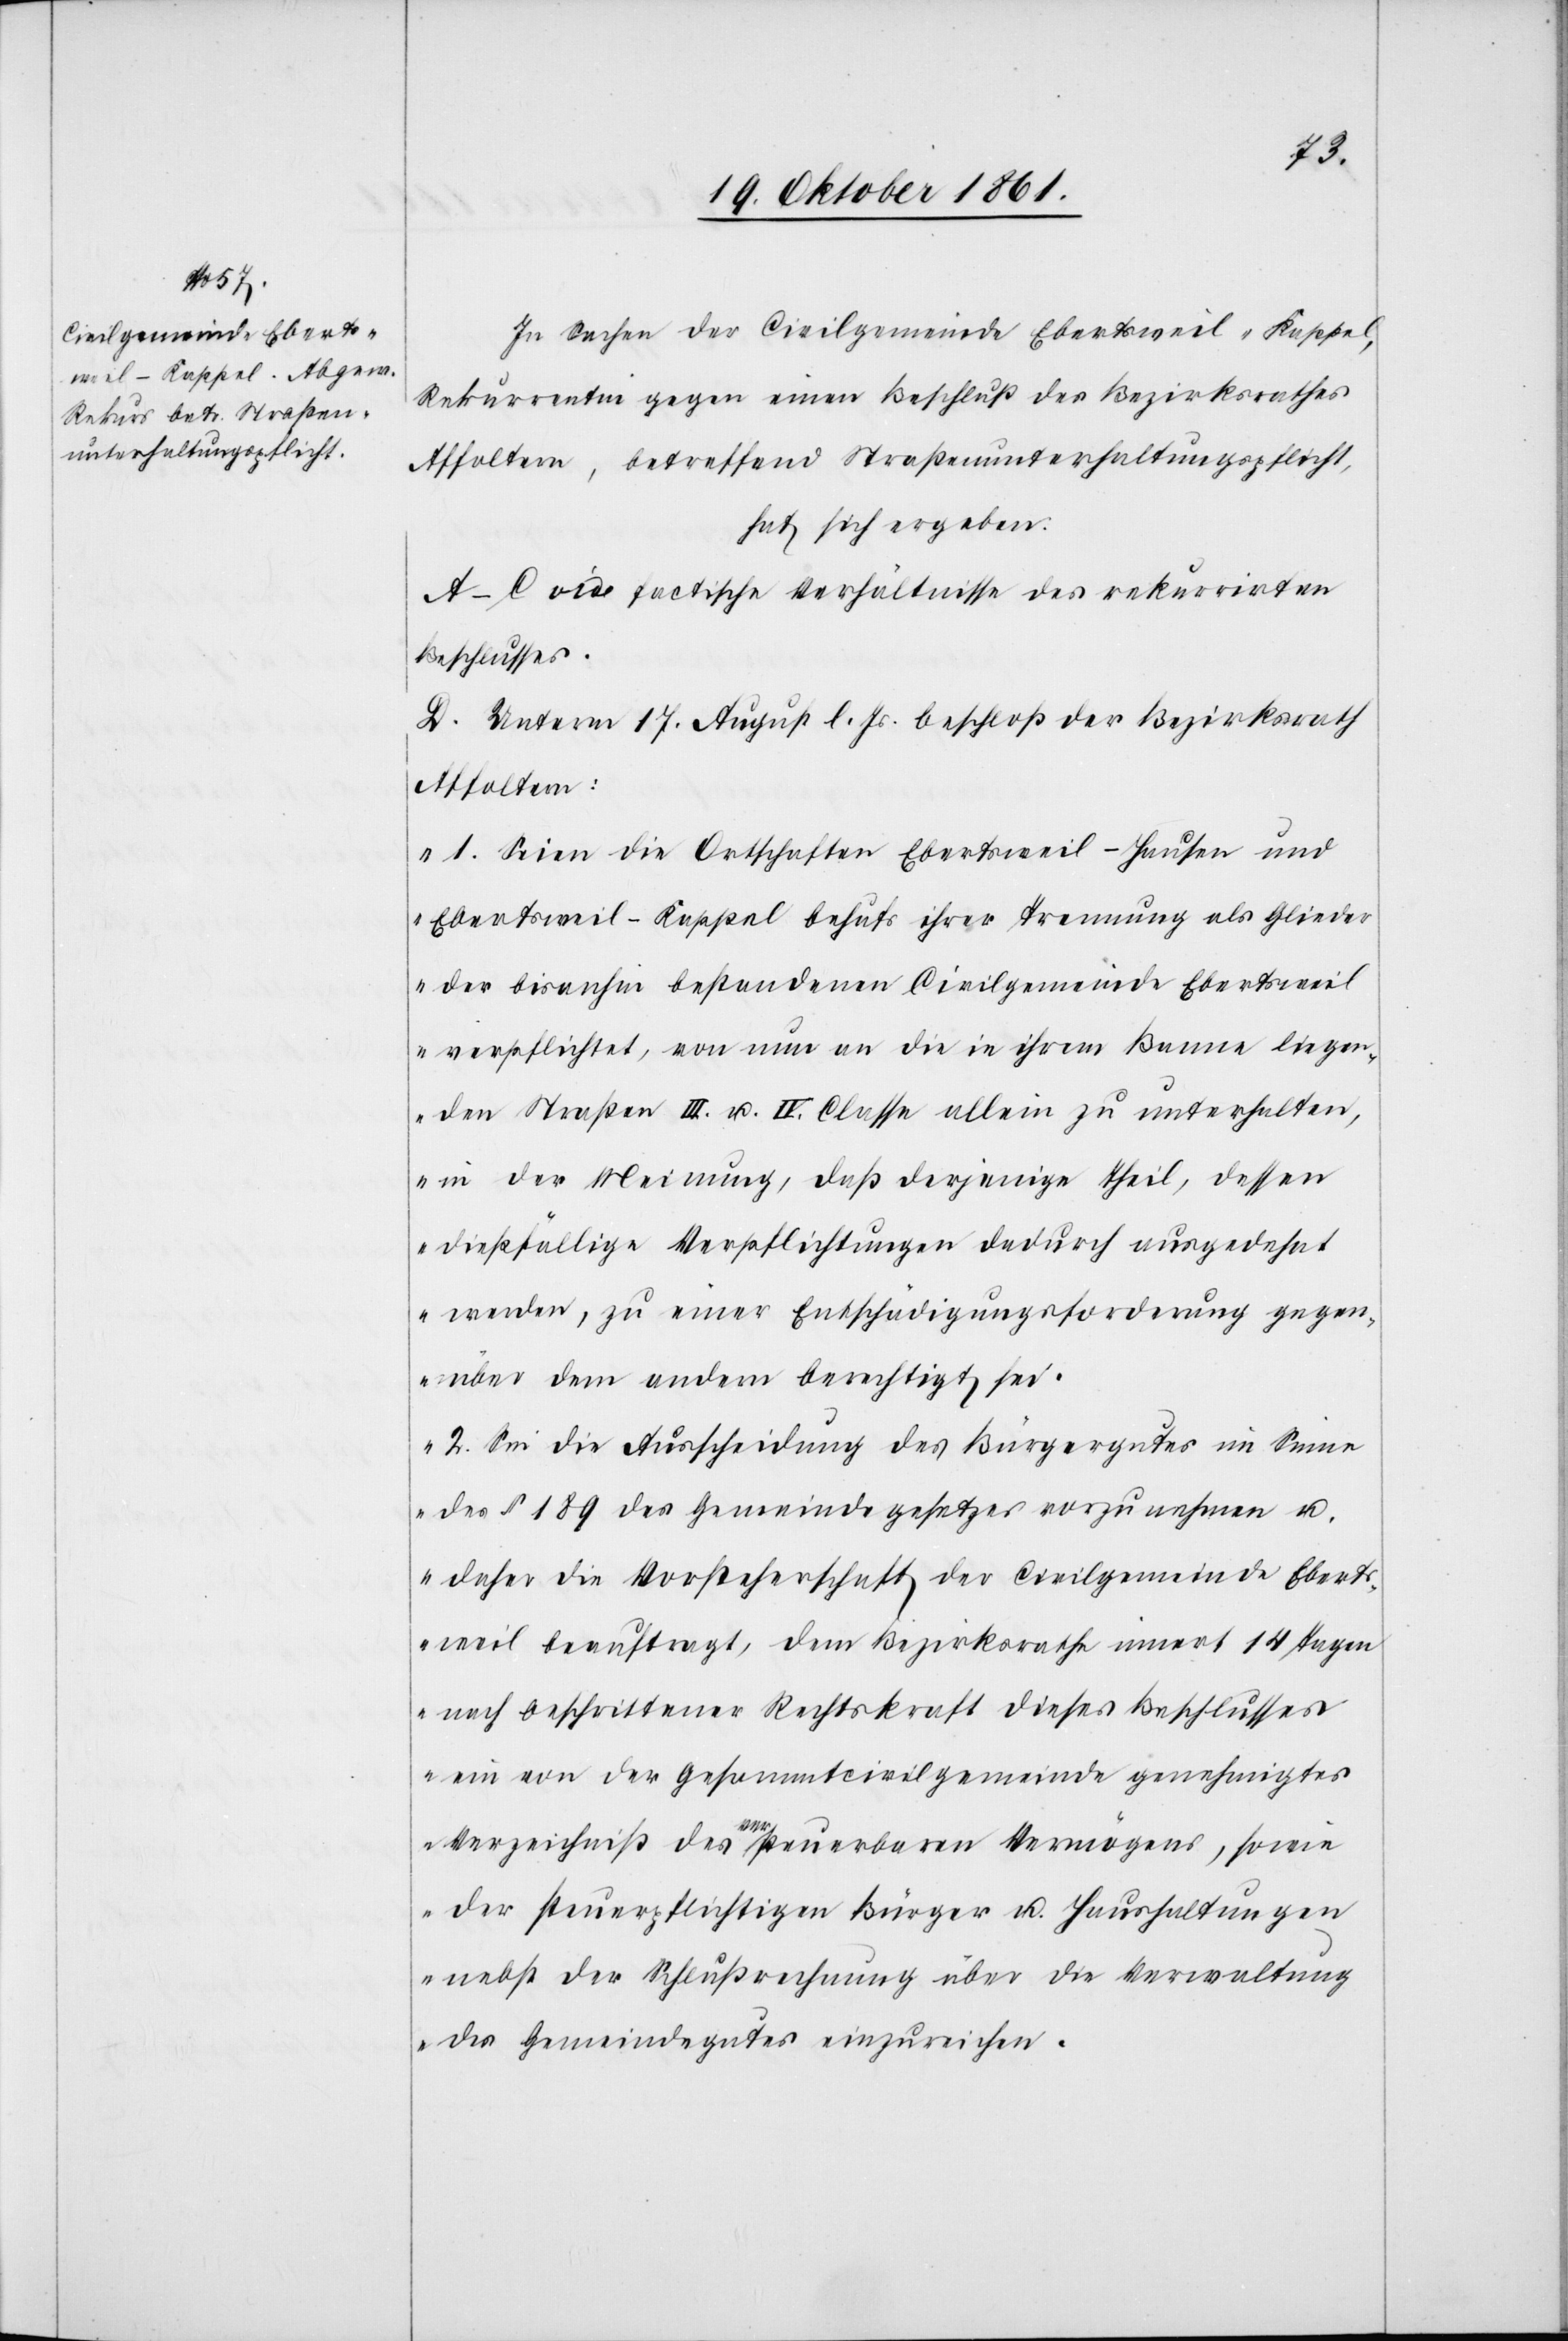
In Sachen der Civilgemeinde Ebertsweil-Kappel,
Rekurrentin gegen einen Beschluß des Bezirksrathes
Affoltern, betreffend Straßenunterhaltungspflicht,
hat sich ergeben:
A–C. vide factische Verhältnisse des rekurrirten
Beschlusses.
D. Unterm 17 August l. Js. beschloß der Bezirksrath
Affoltern:
„1. Seien die Ortschaften Ebertsweil-Hausen und
Ebertsweil-Kappel behufs ihrer Trennung als Glieder
der bisanhin bestandenen Civilgemeinde Ebertsweil
verpflichtet, von nun an die in ihrem Banne liegen¬
den Straßen III. u. IV. Classe allein zu unterhalten,
in der Meinung, daß derjenige Theil, dessen
dießfällige Verpflichtungen dadurch ausgedehnt
werden, zu einer Entschädigungsforderung gegen¬
über dem andern berechtigt sei.
2. Sei die Ausscheidung des Bürgergutes im Sinne
des § 189 des Gemeindegesetzes vorzunehmen u.
daher die Vorsteherschaft der Civilgemeinde Ebert¬
sweil beauftragt, dem Bezirksrathe innert 14 Tagen
nach beschrittener Rechtskraft dieses Beschlusses
ein von der Gesammtcivilgemeinde genehmigtes
Verzeichniß des versteuerbaren Vermögens, sowie
der steuerpflichtigen Bürger u. Haushaltungen
nebst der Schlußrechnung über die Verwaltung
des Gemeindegutes einzureichen.